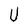
Character: U